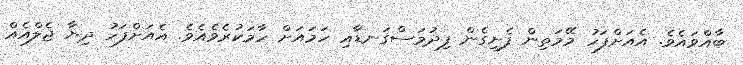
ބާއްވައެވެ. އެއަށްފަހު މޭމަތިން ފެށިގެން ފިދުމަސްގަނޑާއި ހަމައަށް ހާމަކުރެވެއެވެ. އެއަށްފަހު ދިޔާ ޖެލްއެއް